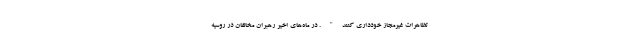
تظاهرات غیرمجاز خودداری کنند". در ماه‌های اخیر رهبران مخالفان در روسیه